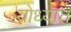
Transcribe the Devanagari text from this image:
योध्यात